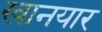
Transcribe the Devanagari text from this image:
खानयार